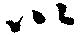
以